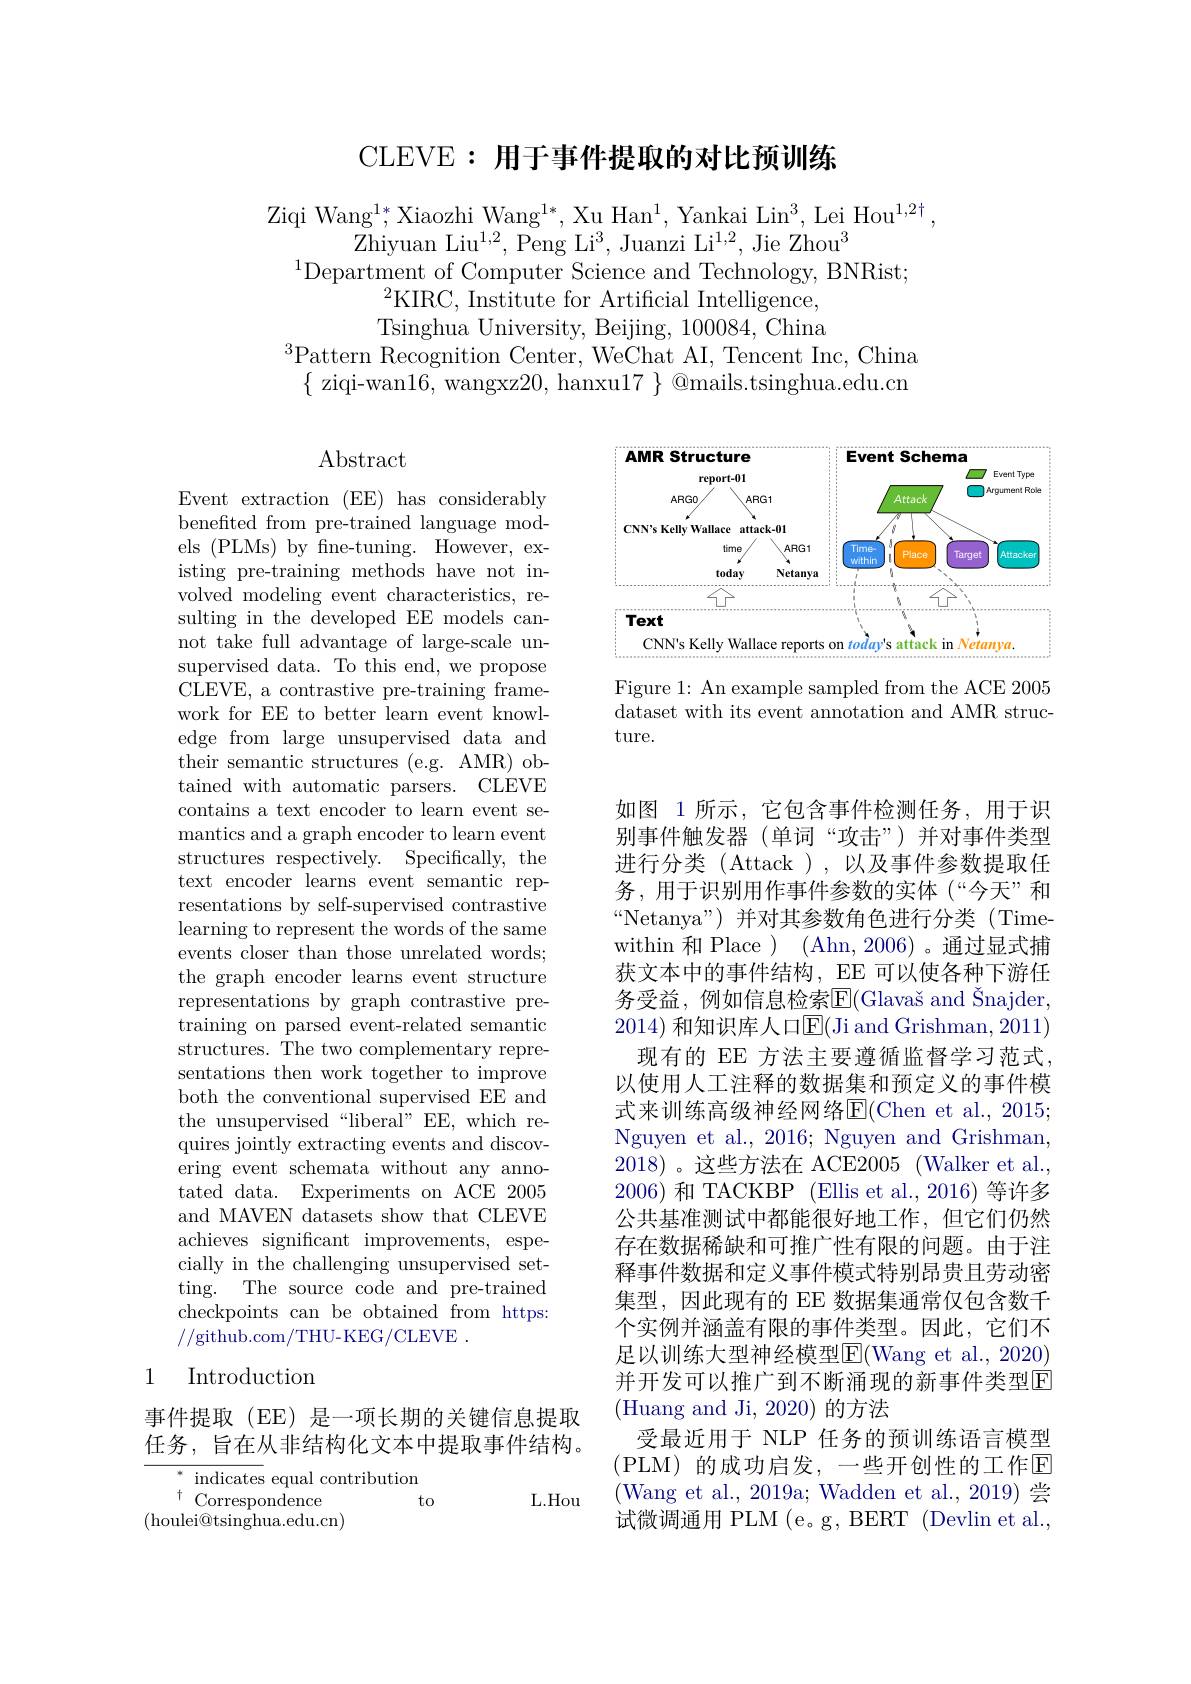
## CLEVE: 用于事件提取的对比预训练

Ziqi Wang$^1*$,Xiaozhi Wang$^1*$, Xu Han$^1$, Yankai Lin$^3$, Lei Hou$^1,2+$
$\bar{\text{Zhiyuan Liu}^{1,2}}$,Peng Li$^3$,Juanzi Li$^1,2$,Jie Zhou$^3$
$^{1}$Department of Computer Science and Technology, BNRist;
$^{2}$KIRC, Institute for Artificial Intelligence, Tsinghua University, Beijing, 100084, China
$^{3}\bar{\text{Pattern Recognition Center, WeChat AI, Tencent Inc, China}}$
$\{$ziqi-wan16,wangxz20,hanxu$17\}$@mails.tsinghua.edu.cn

Abstract

Event extraction (EE) has considerably benefted from pre-trained language models (PLMs) by fine-tuning. However, existing pre-training methods have not involved modeling event characteristics, resulting in the developed EE models cannot take full advantage of large-scale unsupervised data. To this end, we propose CLEVE, a contrastive pre-training framework for EE to better learn event knowledge from large unsupervised data and their semantic structures (e.g. AMR) obtained with automatic parsers. CLEVE contains a text encoder to learn event semantics and a graph encoder to learn event structures respectively. Specifically, the text encoder learns event semantic representations by self-supervised contrastive learning to represent the words of the same events closer than those unrelated words; the graph encoder learns event structure representations by graph contrastive pretraining on parsed event-related semantic structures. The two complementary representations then work together to improve both the conventional supervised EE and the unsupervised“liberal”EE,which requires jointly extracting events and discovering event schemata without any annotated data. Experiments on ACE 2005 and MAVEN datasets show that CLEVE achieves significant improvements, especially in the challenging unsupervised setting. The source code and pre-trained $\bar{\text{checkpoints can be obtained from https:}}$ //github.com/THU-KEG/CLEVE.

## 1 Introduction

事件提取(EE)是一项长期的关键信息提取任务，旨在从非结构化文本中提取事件结构。

L.Hou

$^*$ indicates equal contribution
to
$\begin{array}{c}{{\mathrm{muncaves~cquar~con}}}\\{{\mathrm{t~Correspondence}}}\\{{\mathrm{(houlei@tsinghua.edu.cn)}}}\\\end{array}$

<FigureHere>

Figure 1: An example sampled from the ACE 2005 dataset with its event annotation and AMR structure.

如图 1 所示，它包含事件检测任务，用于识别事件触发器(单词“攻击”)并对事件类型进行分类 (Attack ),以及事件参数提取任务，用于识别用作事件参数的实体(“今天”和“Netanya”)并对其参数角色进行分类(Timewithin 和 Place ) (Ahn, 2006)。通过显式捕获文本中的事件结构，EE可以使各种下游任务受益，例如信息检索E$( \text{Glava\v sand\v {S}najder}$, 2014) 和知识库人口E(Ji and Grishman, 2011)
现有的 EE 方法主要遵循监督学习范式， 以使用人工注释的数据集和预定义的事件模式来训练高级神经网络E(Chen et al., 2015; Nguyen et al., 2016; Nguyen and Grishman, 2018)。这些方法在 ACE2005(Walker et al. 2006)和 TACKBP (Ellis et al., 2016) 等许多公共基准测试中都能很好地工作，但它们仍然存在数据稀缺和可推广性有限的问题。由于注释事件数据和定义事件模式特别昂贵且劳动密集型，因此现有的 EE 数据集通常仅包含数千个实例并涵盖有限的事件类型。因此，它们不足以训练大型神经模型E(Wang et al., 2020) 并开发可以推广到不断涌现的新事件类型E $$($Huang and Ji, 2020) 的方法$
受最近用于 NLP 任务的预训练语言模型(PLM)的成功启发，一些开创性的工作$\mathbb{E}$ $$($Wang et al., 2019a; Wadden et al., 2019) 尝$ 试微调通用 PLM (e。g, BERT (Devlin et al.,